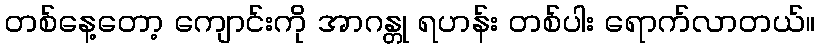
တစ်နေ့တော့ ကျောင်းကို အာဂန္တု ရဟန်း တစ်ပါး ရောက်လာတယ်။